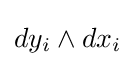
dy_{i}\land dx_{i}